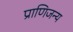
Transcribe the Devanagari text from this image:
प्राणिजन्य